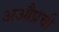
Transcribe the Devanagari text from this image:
अऔप्रची